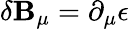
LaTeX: \delta\mathbf{B}_{\mu}=\partial_{\mu}\epsilon